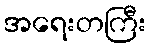
အရေးတကြီး